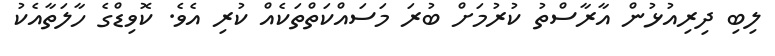
ލިބި ދިރިއުޅުން އާރާސްތު ކުރުމަށް ބުރަ މަސައްކަތްތަކެއް ކުރި އެވެ. ކޮވިޑްގެ ހާލަތާއެކު